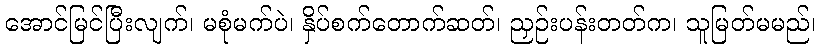
အောင်မြင်ပြီးလျက်၊ မစုံမက်ပဲ၊ နှိပ်စက်တောက်ဆတ်၊ ညှဉ်းပန်းတတ်က၊ သူမြတ်မမည်၊